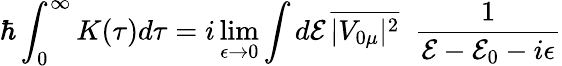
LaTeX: \hbar\int_{0}^{\infty}K(\tau)d\tau=i\operatorname*{lim}_{\epsilon\to 0}\int d\mathcal{E}\, \overline{{|V_{0\mu}|^{2}}}\; \; \frac{1}{\mathcal{E}-\mathcal{E}_{0}-i\epsilon}